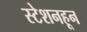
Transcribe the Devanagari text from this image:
स्टेशनहून